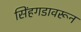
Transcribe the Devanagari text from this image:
सिंहगडावरून